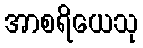
အာစရိယေသု